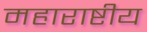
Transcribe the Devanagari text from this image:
महाराष्टीय